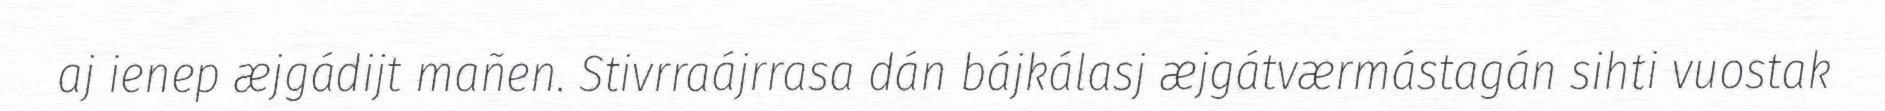
aj ienep æjgádijt mañen. Stivrraájrrasa dán bájkálasj æjgátværmástagán sihti vuostak